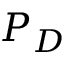
P _ { D }